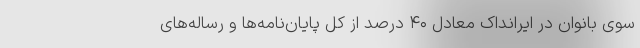
سوی بانوان در ایرانداک معادل ۴۰ درصد از کل پایان‌نامه‌ها و رساله‌های